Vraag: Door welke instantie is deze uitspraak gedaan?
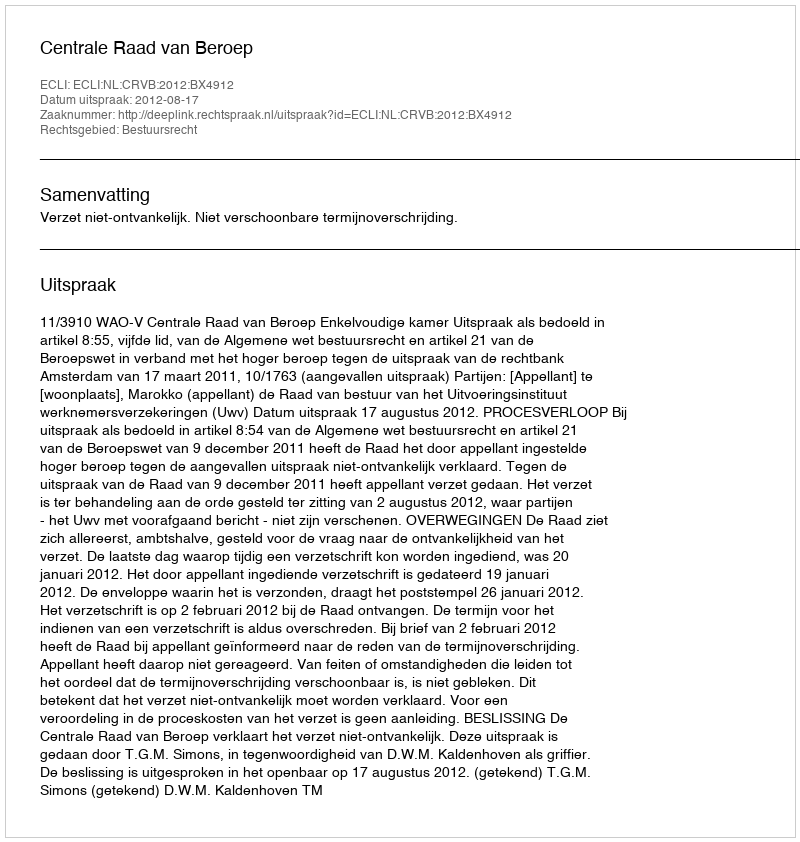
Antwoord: Centrale Raad van Beroep